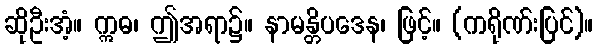
ဆိုဦးအံ့။ ဣဓ၊ ဤအရာ၌။ နာမန္တိပဒေန၊ ဖြင့်။ (ကရိုဏ်းပြင်)။